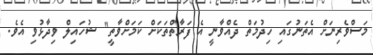
މަސްވެރިނަށް އެތަނުގައި ހިދުމަތް ދެއްވާނީ އެ ފަރާތްތަކަށް ކަމަށްވާތީ" ޝުހައިލް ވިދާޅުވި އެވެ.